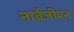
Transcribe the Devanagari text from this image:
नार्वेजीयन्